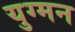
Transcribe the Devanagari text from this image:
युग्‍मन